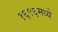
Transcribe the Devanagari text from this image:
१६९६मध्ये